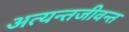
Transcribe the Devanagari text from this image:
अत्यन्तजीवन्त